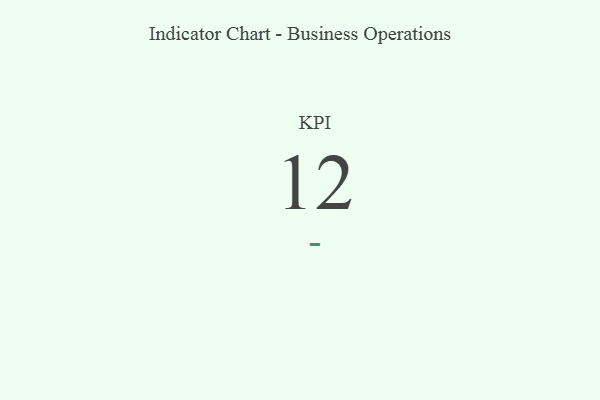
{"axis": {"x": "KPI", "y": "Value"}, "legend": [""], "data": [{"x": "KPI", "y": 12, "type": ""}]}